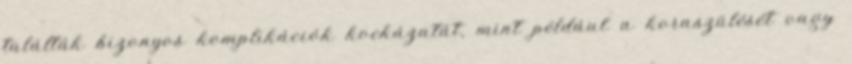
találták bizonyos komplikációk kockázatát, mint például a koraszülését vagy